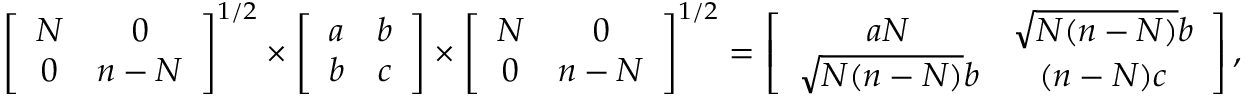
\left[ \begin{array} { c c } { N } & { 0 } \\ { 0 } & { n - N } \end{array} \right] ^ { 1 / 2 } \times \left[ \begin{array} { c c } { a } & { b } \\ { b } & { c } \end{array} \right] \times \left[ \begin{array} { c c } { N } & { 0 } \\ { 0 } & { n - N } \end{array} \right] ^ { 1 / 2 } = \left[ \begin{array} { c c } { a N } & { \sqrt { N ( n - N ) } b } \\ { \sqrt { N ( n - N ) } b } & { ( n - N ) c } \end{array} \right] ,